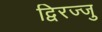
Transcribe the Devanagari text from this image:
द्विरज्जु